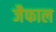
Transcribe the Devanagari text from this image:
जैफाल